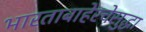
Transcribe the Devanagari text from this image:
भारताबाहेरचेसुद्धा